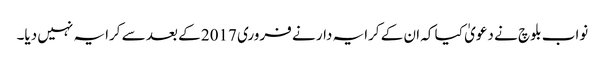
نواب بلوچ نے دعویٰ کیا کہ ان کے کرایہ دار نے فروری 2017 کے بعد سے کرایہ نہیں دیا۔